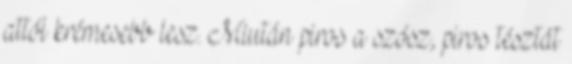
attól krémesebb lesz. Miután piros a szósz, piros tésztát